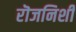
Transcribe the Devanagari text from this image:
रॊजनिशी